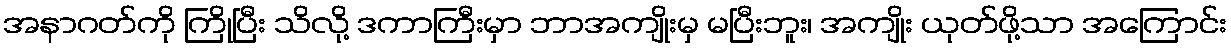
အနာဂတ်ကို ကြိုပြီး သိလို့ ဒကာကြီးမှာ ဘာအကျိုးမှ မပြီးဘူး၊ အကျိုး ယုတ်ဖို့သာ အကြောင်း